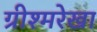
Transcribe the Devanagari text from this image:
ग्रीश्मरेखा